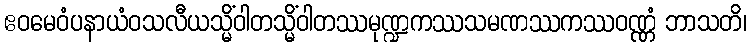
ဧဝမေဝံပနာယံဝသလီယသ္မိံဝါတသ္မိံဝါတဿမုဏ္ဍကဿသမဏဿကဿဝဏ္ဏံ ဘာသတိ၊